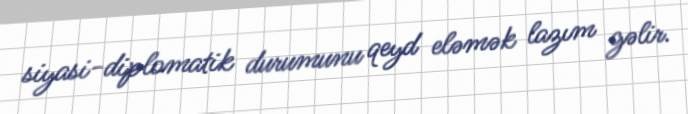
siyasi-diplomatik durumunu qeyd eləmək lazım gəlir.